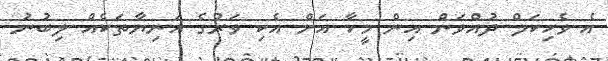
އެ ވެހިކަލް ދުއްވަން އިން މީހާ އަށް އެކި ވަރުގެ އަނިޔާތަކެއް ލިބުނު